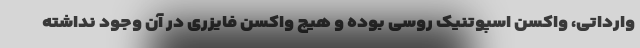
وارداتی، واکسن اسپوتنیک روسی بوده و هیچ واکسن فایزری در آن وجود نداشته